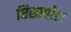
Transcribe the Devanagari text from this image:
घिसापीटा